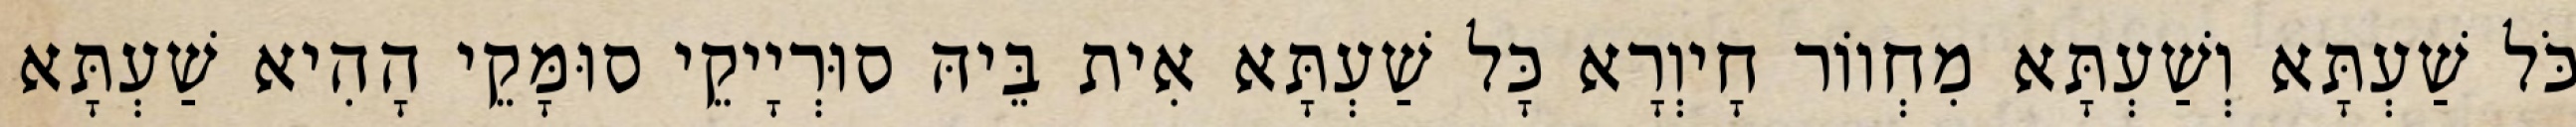
כֹּל שַׁעְתָּא וְשַׁעְתָּא מִחְווֹר חָיוְרָא כָּל שַׁעְתָּא אִית בֵּיהּ סוּרְיָיקֵי סוּמָּקֵי הָהִיא שַׁעְתָּא